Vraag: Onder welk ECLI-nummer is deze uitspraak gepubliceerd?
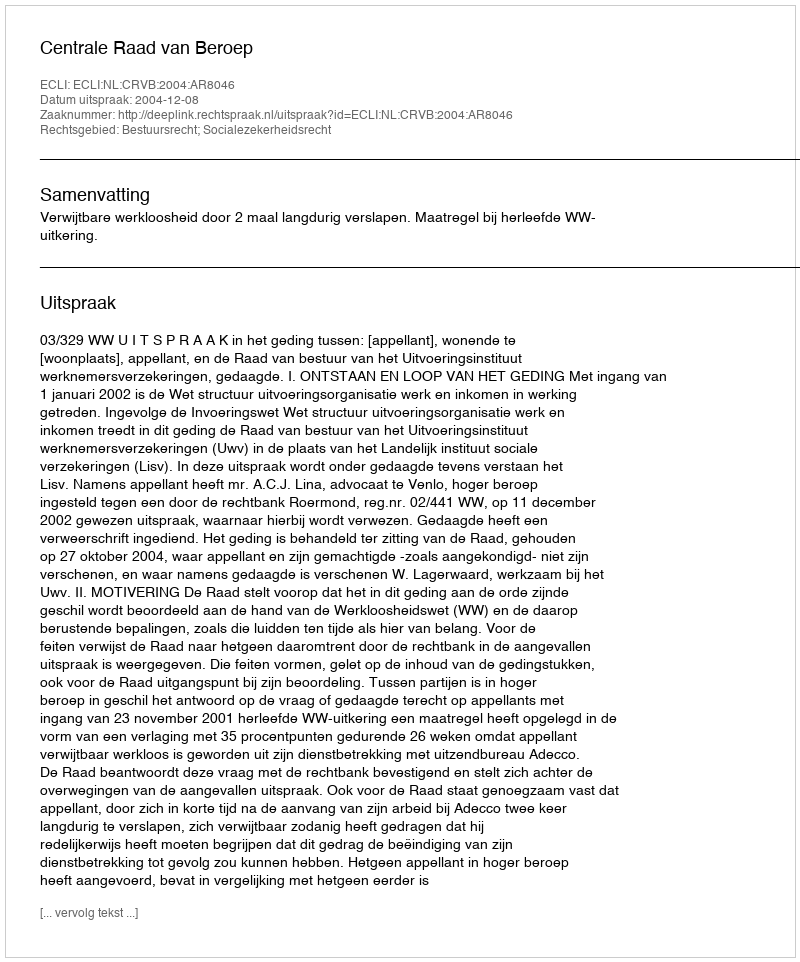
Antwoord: ECLI:NL:CRVB:2004:AR8046